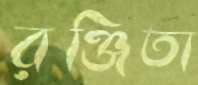
রঞ্জিতা